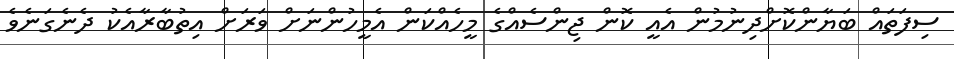
ސިފަތައް ބަޔާންކޮށްދިނުމުން އެއީ ކޮން ޖިންސެއްގެ މީހެއްކަން އެމީހުންނަށް ވަރަށް އިތުބާރާއެކު ދެނެގަނެވެ